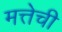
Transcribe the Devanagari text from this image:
मत्तेची